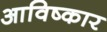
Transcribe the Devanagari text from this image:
आविष्‍कार